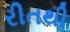
રીતથી